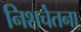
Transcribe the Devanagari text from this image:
निशचेतना